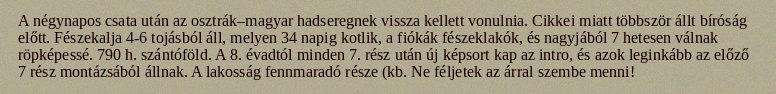
A négynapos csata után az osztrák–magyar hadseregnek vissza kellett vonulnia. Cikkei miatt többször állt bíróság előtt. Fészekalja 4-6 tojásból áll, melyen 34 napig kotlik, a fiókák fészeklakók, és nagyjából 7 hetesen válnak röpképessé. 790 h. szántóföld. A 8. évadtól minden 7. rész után új képsort kap az intro, és azok leginkább az előző 7 rész montázsából állnak. A lakosság fennmaradó része (kb. Ne féljetek az árral szembe menni!